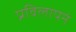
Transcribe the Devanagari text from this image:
प्रविलापनं